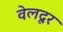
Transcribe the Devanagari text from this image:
वेलदूर